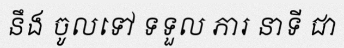
នឹង ចូលទៅ ទទួល ភារ នាទី ជា